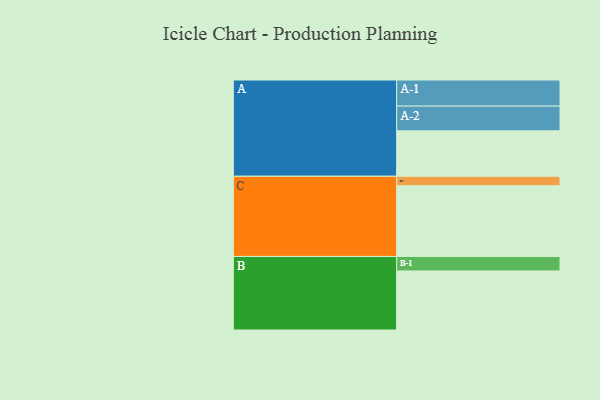
{"axis": {"x": "Segment", "y": "Value"}, "legend": ["", "A", "B", "C"], "data": [{"x": "A", "y": 376, "type": ""}, {"x": "B", "y": 488, "type": ""}, {"x": "C", "y": 585, "type": ""}, {"x": "A-1", "y": 216, "type": "A"}, {"x": "A-2", "y": 204, "type": "A"}, {"x": "B-1", "y": 120, "type": "B"}, {"x": "C-1", "y": 78, "type": "C"}]}